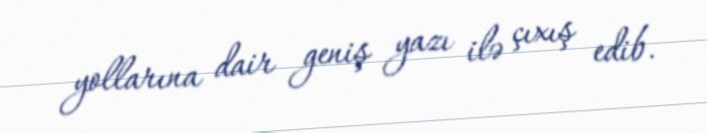
yollarına dair geniş yazı ilə çıxış edib.